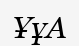
ҰұА